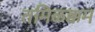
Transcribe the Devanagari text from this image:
तमिळक्कम